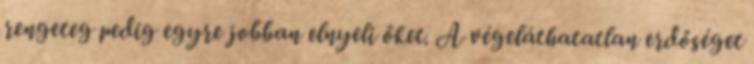
rengeteg pedig egyre jobban elnyeli őket. A végeláthatatlan erdőséget